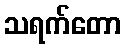
သရက်တော